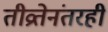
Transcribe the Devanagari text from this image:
तीव्रतेनंतरही